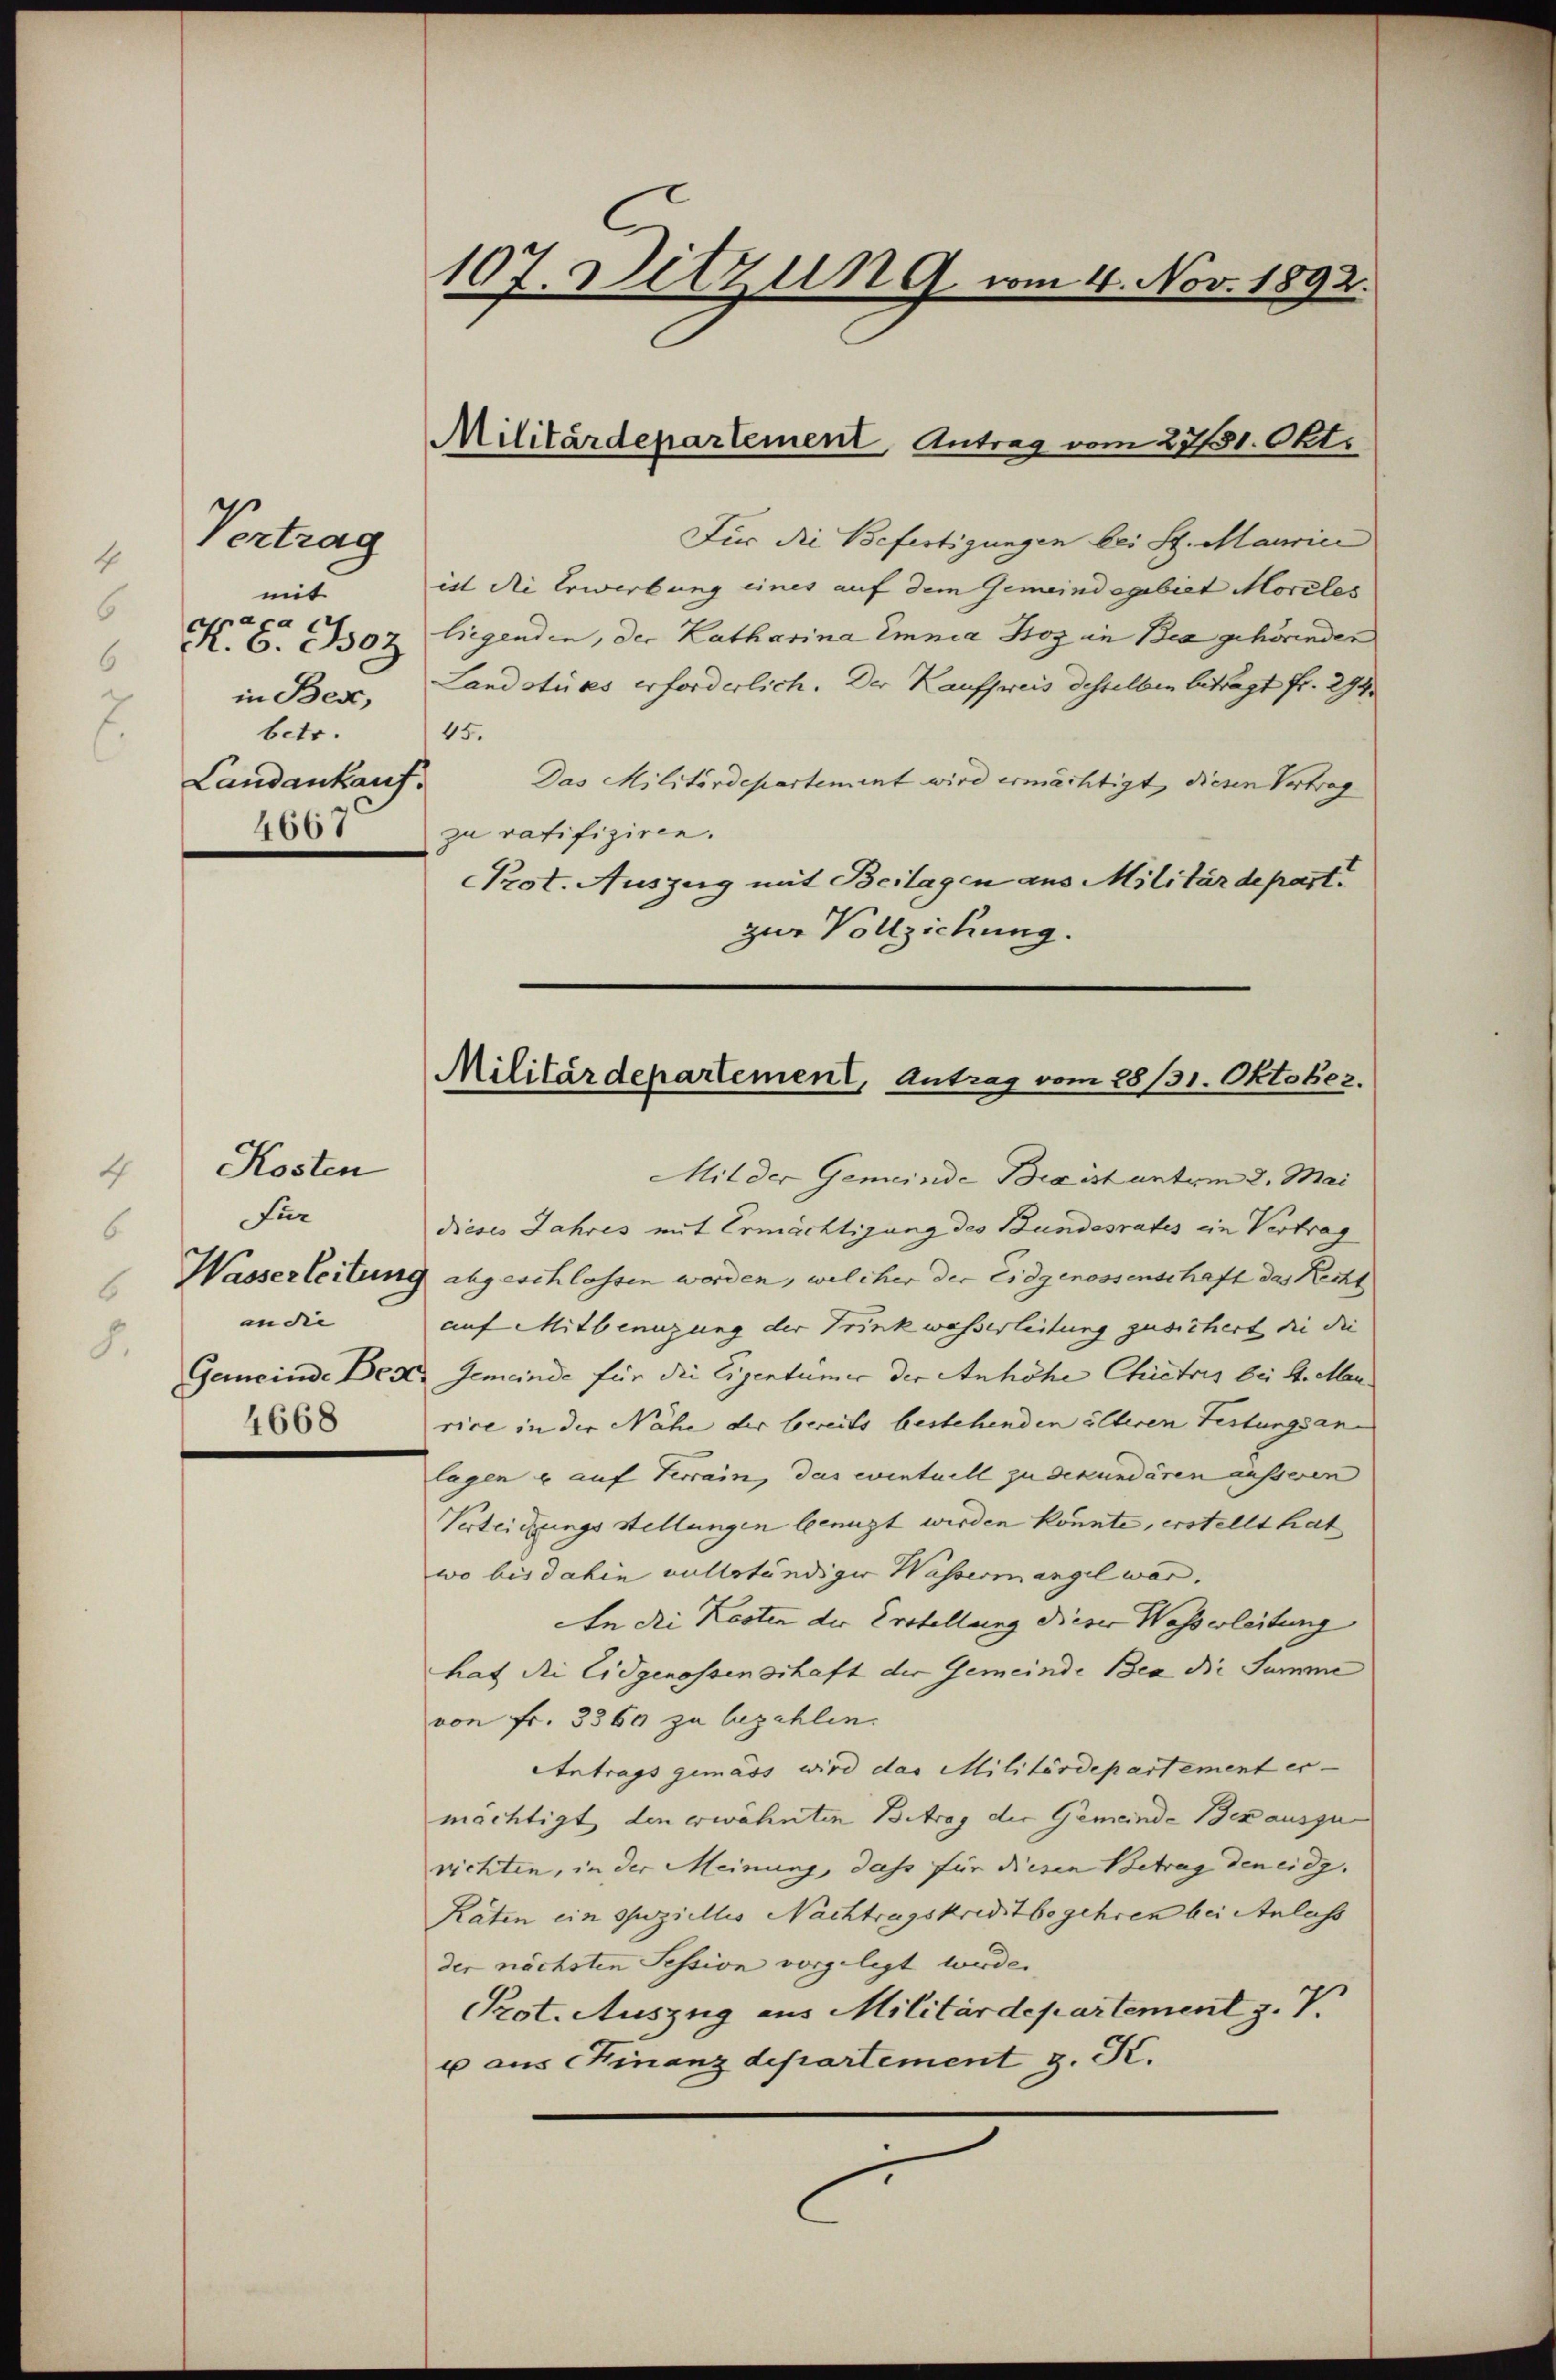
Vertrag
mit
craca
R. G. Boz
in Bex,
betr.
Landankauf
4667

Kosten

h
Für
6
an die |
.
4668

107. Ditzung vom 4. Nov. 1892.

Militärdepartement Antrag vom 27/31. Okt.

Für die Befertigungen bei St. Maurice
ist die Erwerbung eines auf dem Gemeindegebiet Moreles
liegenden, der Katharina Emnia Hoz in Bea gehörenden
Landstices erforderlich. Der Kaufsweis desselben beträgt fr. 294
45.
Das Militärdepartement wird ermächtigt, diesen Vertrag
zu ratifiziren.
Prot. Auszug mit Beilagen aus Militärdepart.
zur Vollziehung.

Mit der Gemeinde Breist unterm 2. Mai
dieses Jahres mit Ermächtigung des Bundesrates ein Vertrag
(Wasserleitung abgeschlossen worden, welcher der Eidgenossenschaft das Recht
auf Mitbenuzung der Trinkwasserleitung zusichert die die |
Gemeinde Best. Gemeinde für die Eigentümer der Anhöhe Chietris bei H. Man
rice in der Nähe der bereits bestehenden älteren Festungsanlagen u auf Terrain, das eventuell zu dekundären äusseren
Verleichungs stellungen benuzt werden könnte, erstellt hat
wo bis dahin vollständiger Wassermangel war.
An die Kosten der Erstellung dieser Wasserleitung
hat die Eidgenossenschaft der Gemeinde Bea die Summe
von Fr. 3360 zu bezahlen.
Antrags gemäss wird das Militärdepartement er-
mächtigt, den erwähnten Betrag der Gemeinde Bezauszu
richten, in der Meinung, dass für diesen Betrag den eidg.
Raten ein Speziellis Nachtragskreditbegehren bei Anlass
der nächsten Session vorgelegt wurde.
Prot. Auszug aus Militärdepartement z. V.
u aus Kinanzdepartement z. K.

Militärdepartement, Antrag vom 28/31. Oktober.